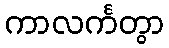
ကာလင်္ကတွာ